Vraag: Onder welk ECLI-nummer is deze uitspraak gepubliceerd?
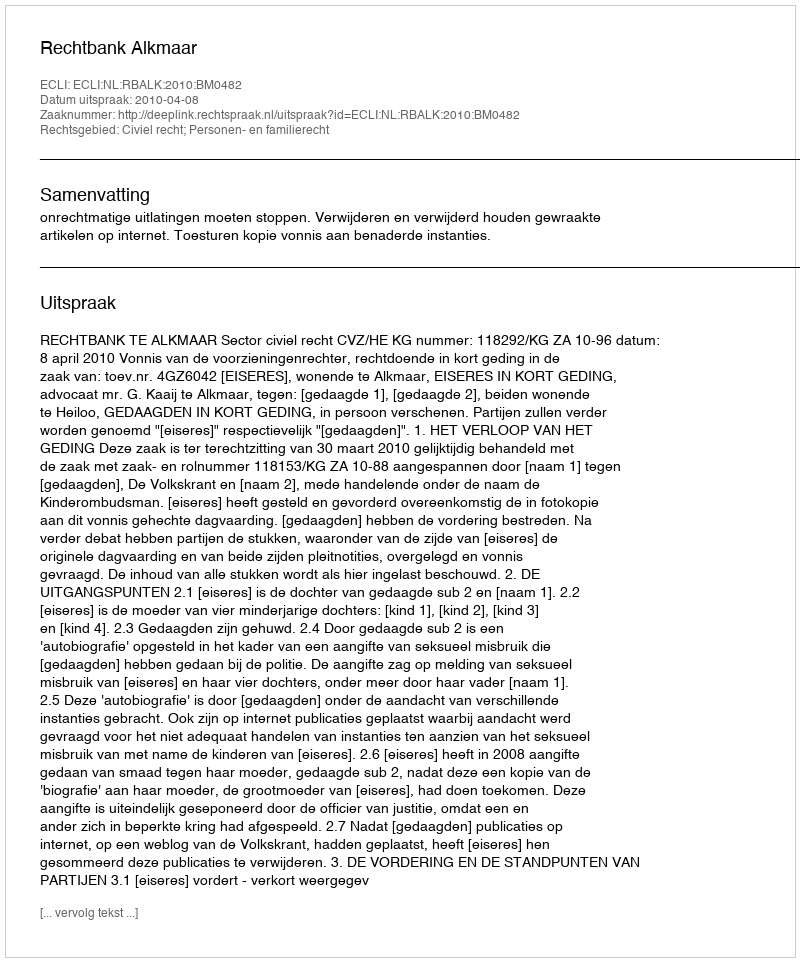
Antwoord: ECLI:NL:RBALK:2010:BM0482